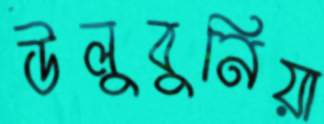
উলুবুনিয়া